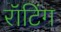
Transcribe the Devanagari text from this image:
रॉटिंग